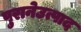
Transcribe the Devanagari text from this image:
पुरानेउत्पाद